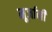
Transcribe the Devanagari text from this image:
मूर्जानी